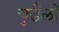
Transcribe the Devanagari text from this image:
चुडैलों